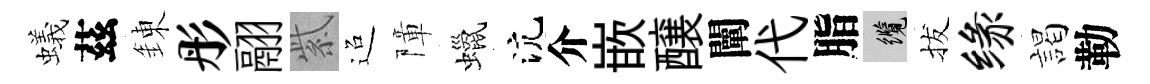
蟻茲錬彤翮紫迢障蠟沆介嵌醸闡代脂纜拔缘謁勒